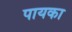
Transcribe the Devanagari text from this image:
पायका